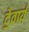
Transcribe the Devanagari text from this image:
दे॒वाय॑